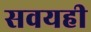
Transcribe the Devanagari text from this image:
सवयही